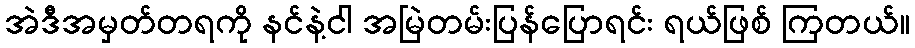
အဲဒီအမှတ်တရကို နင်နဲ့ငါ အမြဲတမ်းပြန်ပြောရင်း ရယ်ဖြစ် ကြတယ်။